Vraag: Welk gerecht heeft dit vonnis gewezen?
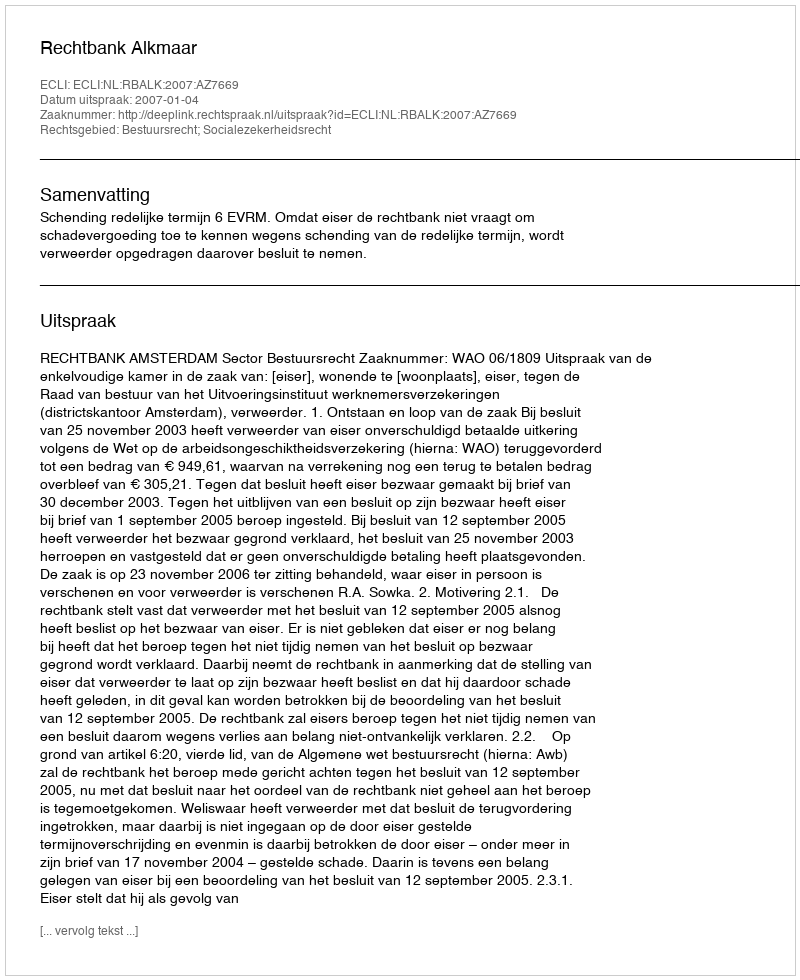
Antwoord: Rechtbank Alkmaar